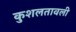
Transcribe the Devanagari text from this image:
कुशलतावली